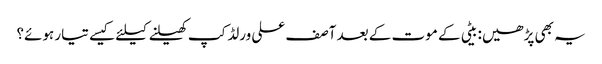
یہ بھی پڑھیں: بیٹی کے موت کے بعد آصف علی ورلڈکپ کھیلنے کیلئے کیسے تیار ہوئے؟